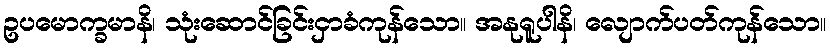
ဥပမောက္ခမာနိ၊ သုံးဆောင်ခြင်းငှာခံကုန်သော။ အနုရူပါနိ၊ လျောက်ပတ်ကုန်သော။